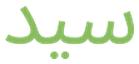
سيد